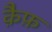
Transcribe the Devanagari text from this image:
क़ैफ़